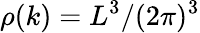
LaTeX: \rho(k)=L^{3}/(2\pi)^{3}